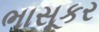
ભાસૂકર